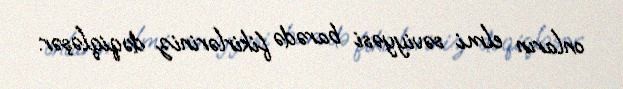
onların elmi səviyyəsi barədə fikirləriniz dəqiqləşər.